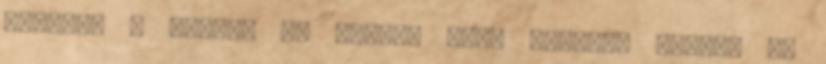
adózni. A lényeg az lenne, hogy akárhol veszem ki